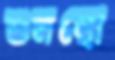
শুনছো